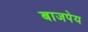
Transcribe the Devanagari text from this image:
बाजपेय